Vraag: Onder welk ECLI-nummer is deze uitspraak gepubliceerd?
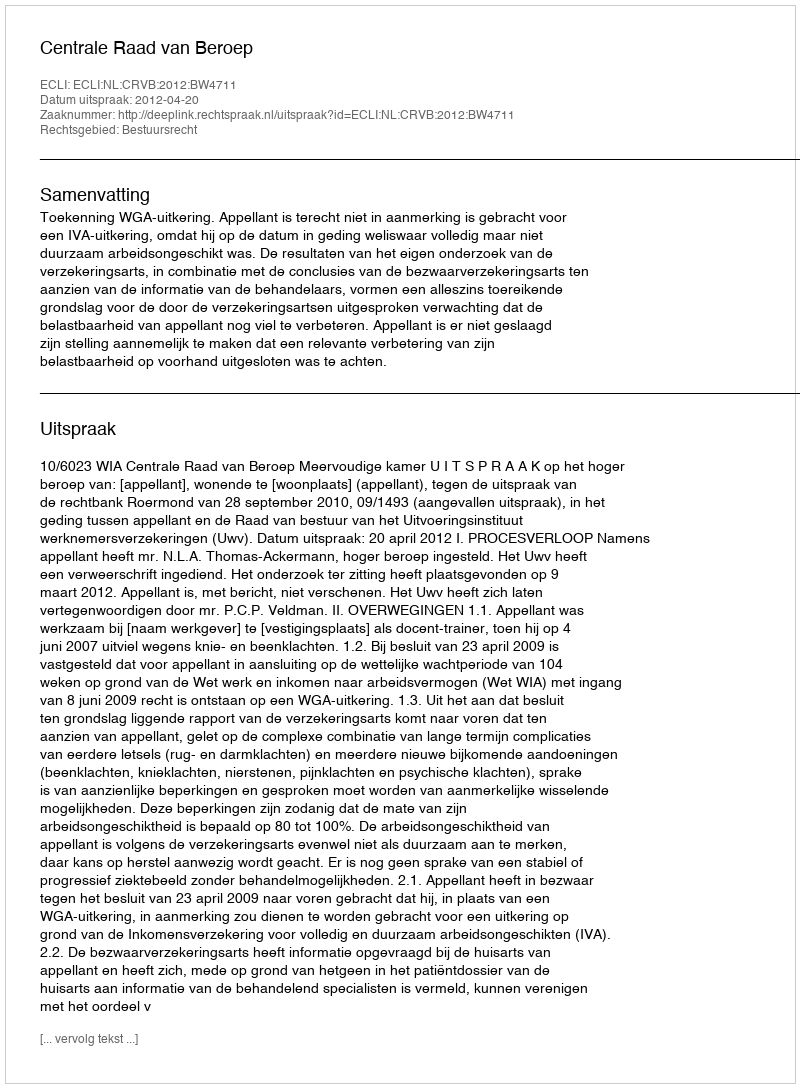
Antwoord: ECLI:NL:CRVB:2012:BW4711